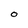
Character: O